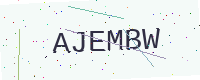
Text: AJEMBW